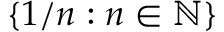
\{ 1 / n : n \in \mathbb { N } \}